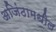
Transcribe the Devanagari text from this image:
अजिंठामधील